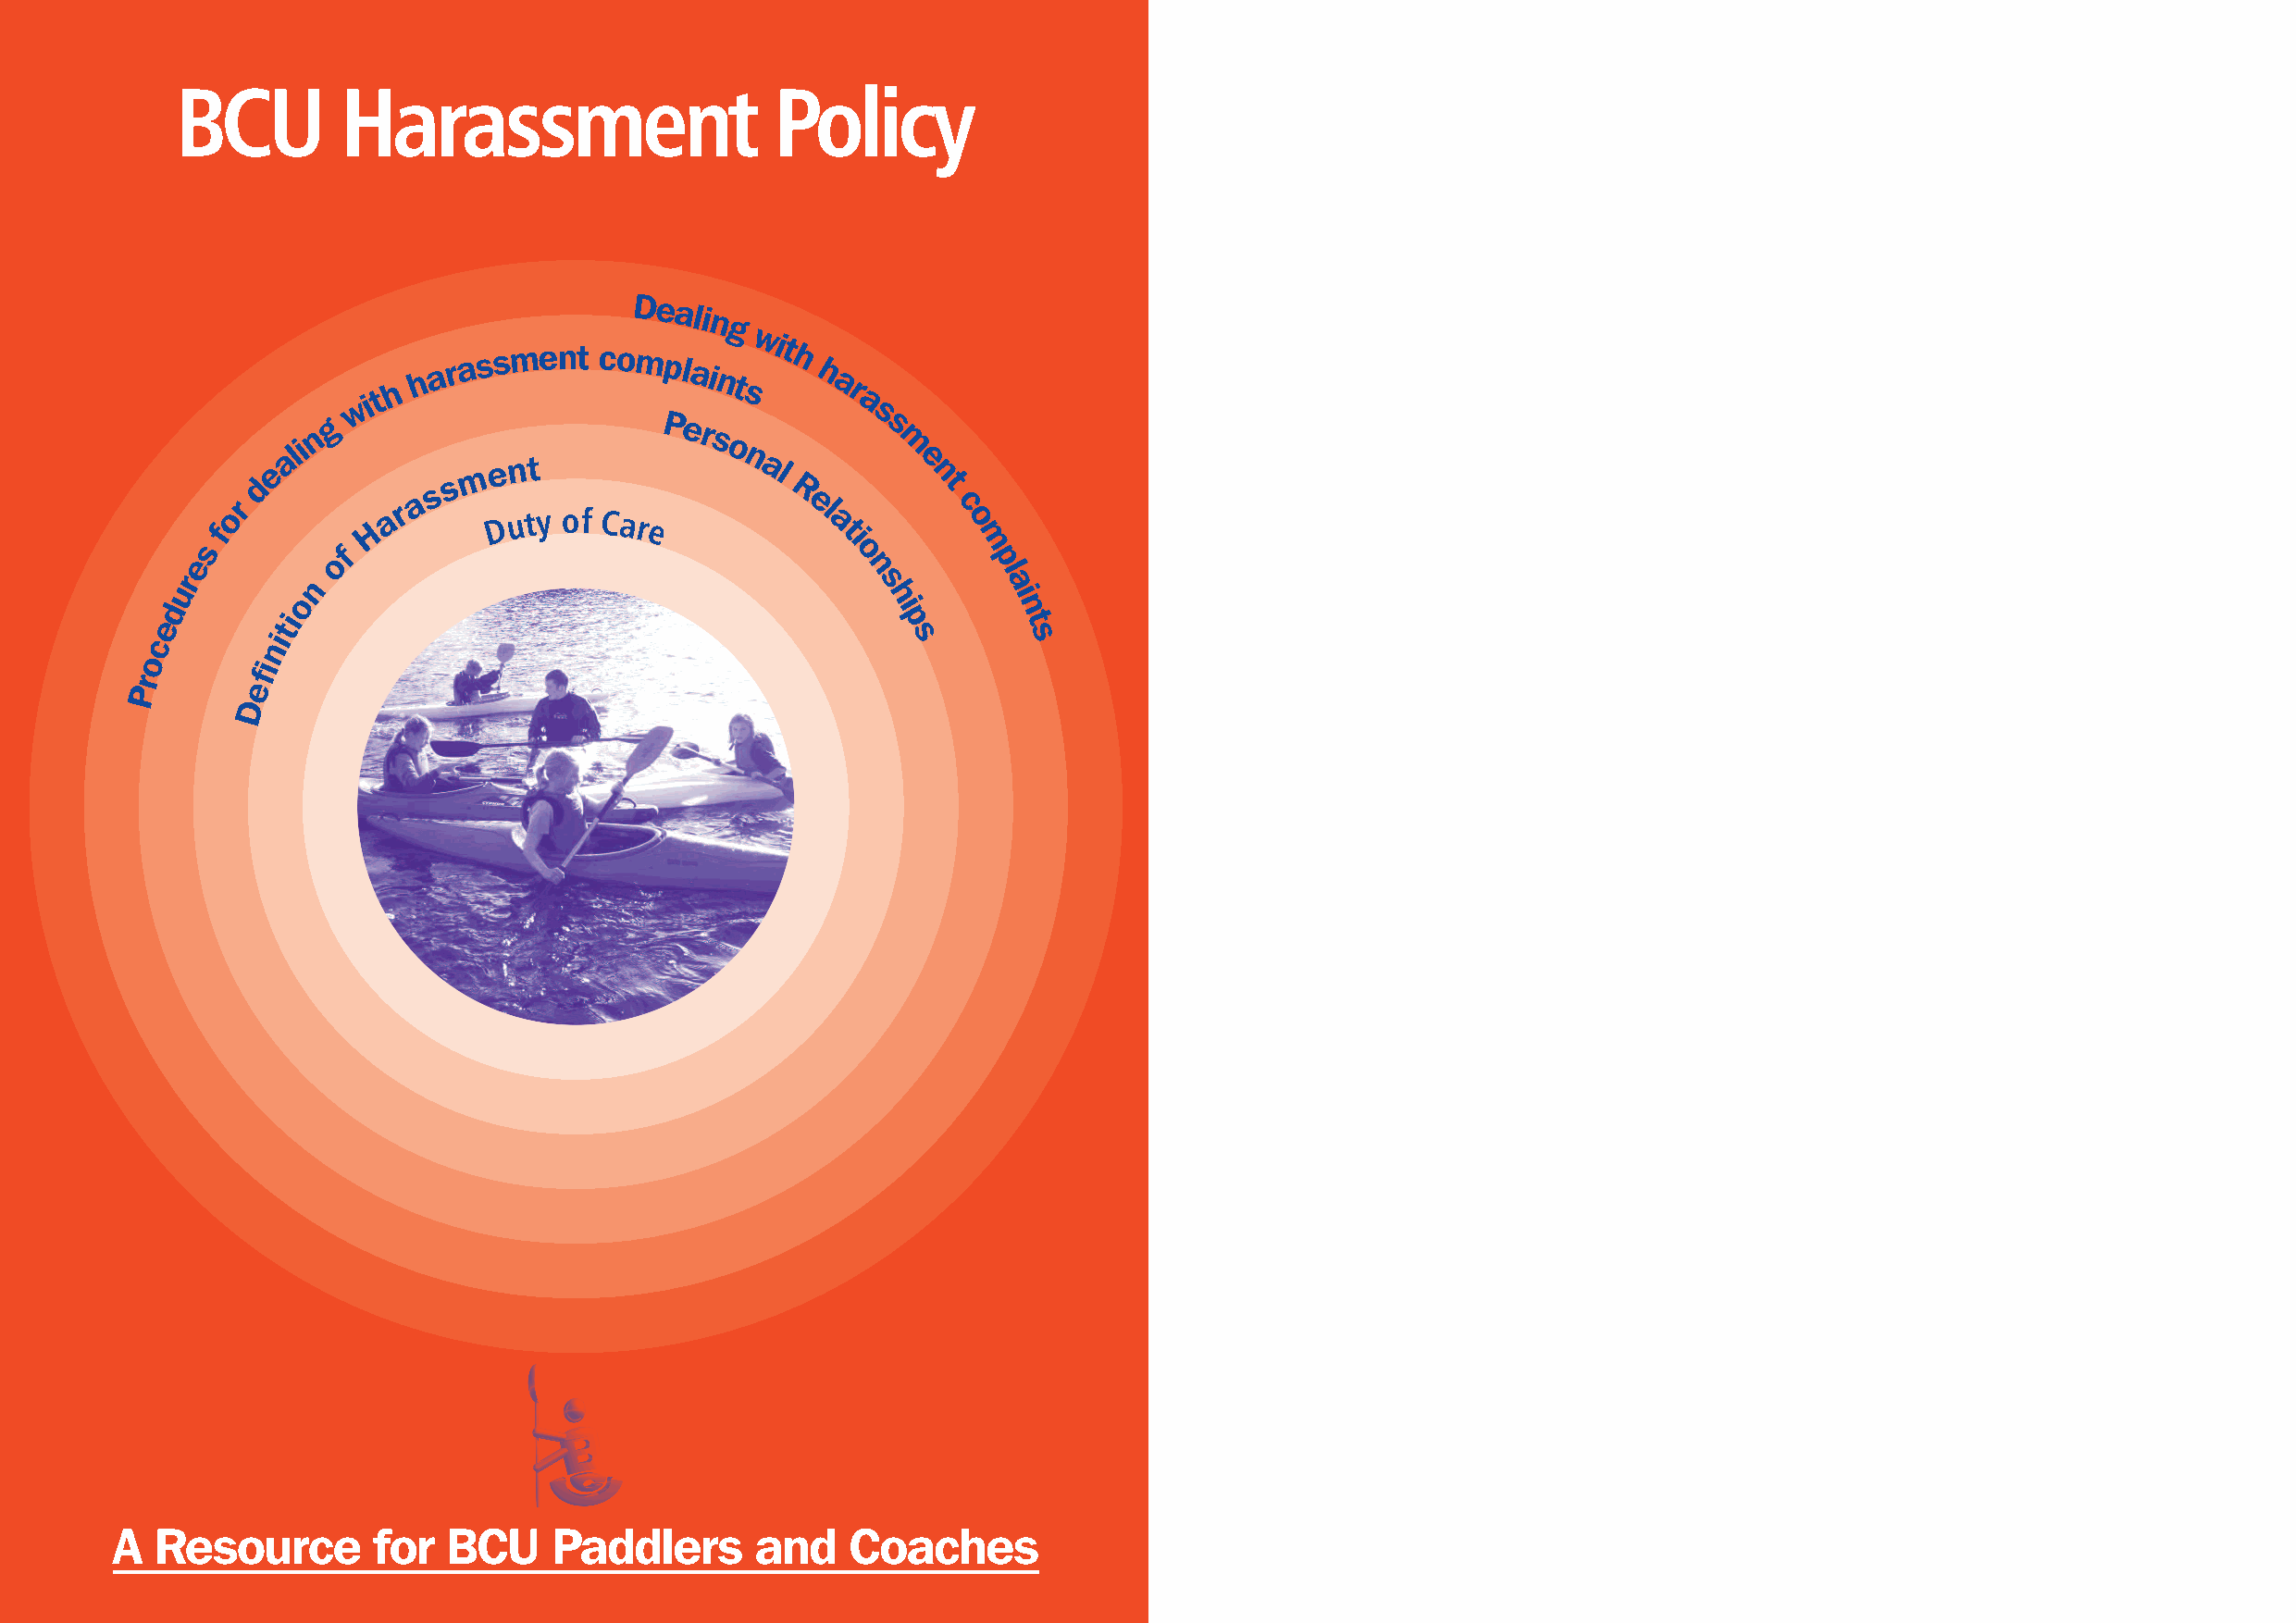
BCU        Harassment                     Policy
 Dealin
 g
 w
 it h h a r a ssment complai nt
 swit
 h h a r
 a
 s
 n
 g                       Per
 s
 s
 eali
 m e nt
 o
 n al
 m
 e n
 d            s s                      R          t
 r           r a                          e l        c
 fo         H a      D u ty of Care          a t       o
 i         m
 s         f                                    o
 e         o                                      n        p l
 ur        n                                        s        a
 o                                         h        i
 d                                                   i        n
 i
 e        t                                           p        t
 c        ni                                            s       s
 o       fi
 r
 P       e
 D
 A  Resource        for  BCU    Paddlers       and    Coaches